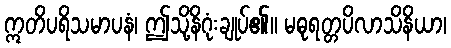
ဣတိပရိသမာပနံ၊ ဤသို့နိဂုံးချုပ်၏။ မဓုရတ္တပိလာသိနိယာ၊